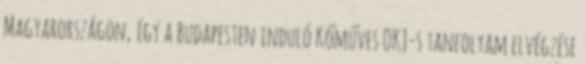
Magyarországon, így a Budapesten induló Kőműves OKJ-s tanfolyam elvégzése